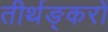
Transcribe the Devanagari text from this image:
तीर्थङ्करों